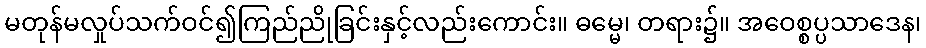
မတုန်မလှုပ်သက်ဝင်၍ကြည်ညိုခြင်းနှင့်လည်းကောင်း။ ဓမ္မေ၊ တရား၌။ အဝေစ္စပ္ပသာဒေန၊